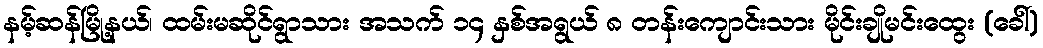
နမ့်ဆန်မြို့နယ်၊ ထမ်းမဆိုင်ရွာသား အသက် ၁၄ နှစ်အရွယ် ၈ တန်းကျောင်းသား မိုင်းချိုမင်းထွေး (ခေါ်)